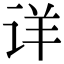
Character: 详